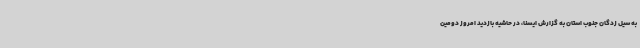
به سیل زدگان جنوب استان به گزارش ایسنا، در حاشیه بازدید امروز دومین